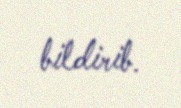
bildirib.